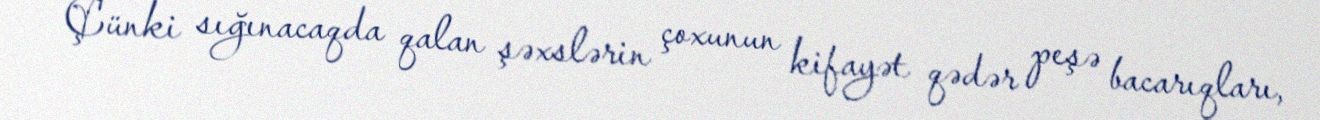
Çünki sığınacaqda qalan şəxslərin çoxunun kifayət qədər peşə bacarıqları,